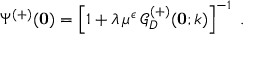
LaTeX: \Psi ^ { ( + ) } ( { \bf 0 } ) = \left[ 1 + \lambda \, \mu ^ { \epsilon } \, { \mathcal G } _ { { D } } ^ { ( + ) } ( { \bf 0 } ; k ) \right] ^ { - 1 } \; .